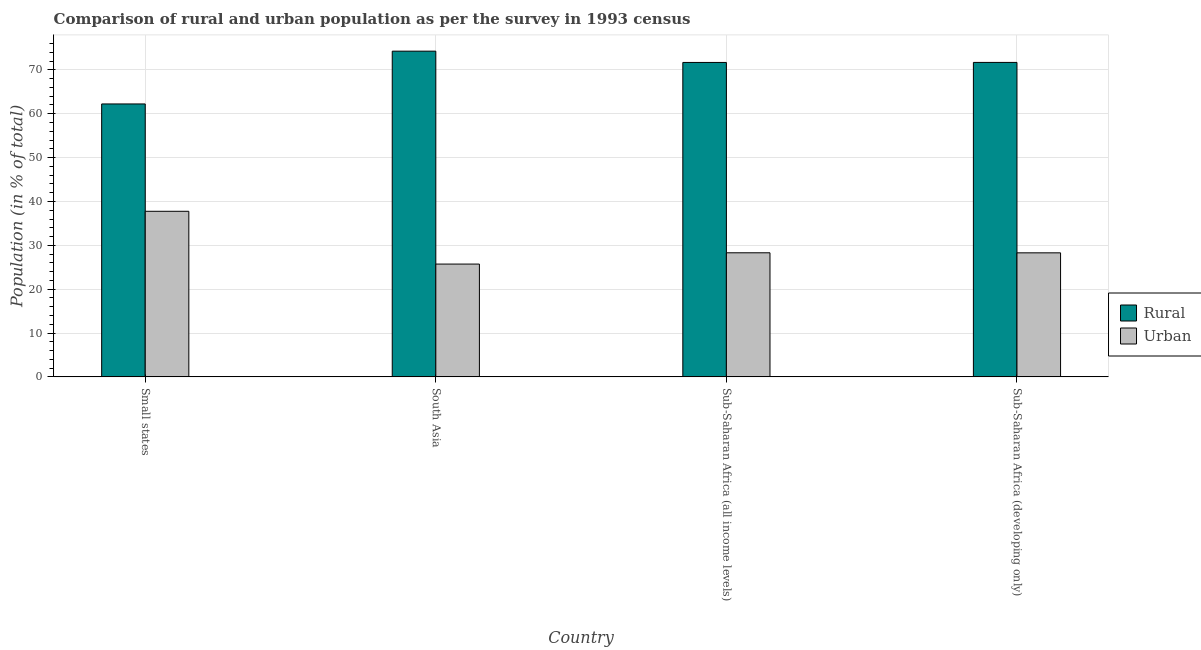
| Country | Rural | Urban |
 | --- | --- | --- |
 | Small states | 62.2 | 37.8 |
 | South Asia | 74.3 | 25.7 |
 | Sub-Saharan Africa (all income levels) | 71.7 | 28.3 |
 | Sub-Saharan Africa (developing only) | 71.7 | 28.3 |